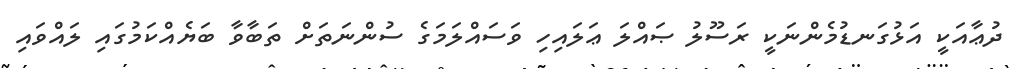
ދުޢާއަކީ އަޅުގަނޑުމެންނަކީ ރަސޫލު ޞައްލަ ޢަލައިހި ވަސައްލަމަގެ ސުންނަތަށް ތަބާވާ ބަޔެއްކަމުގައި ލައްވައި